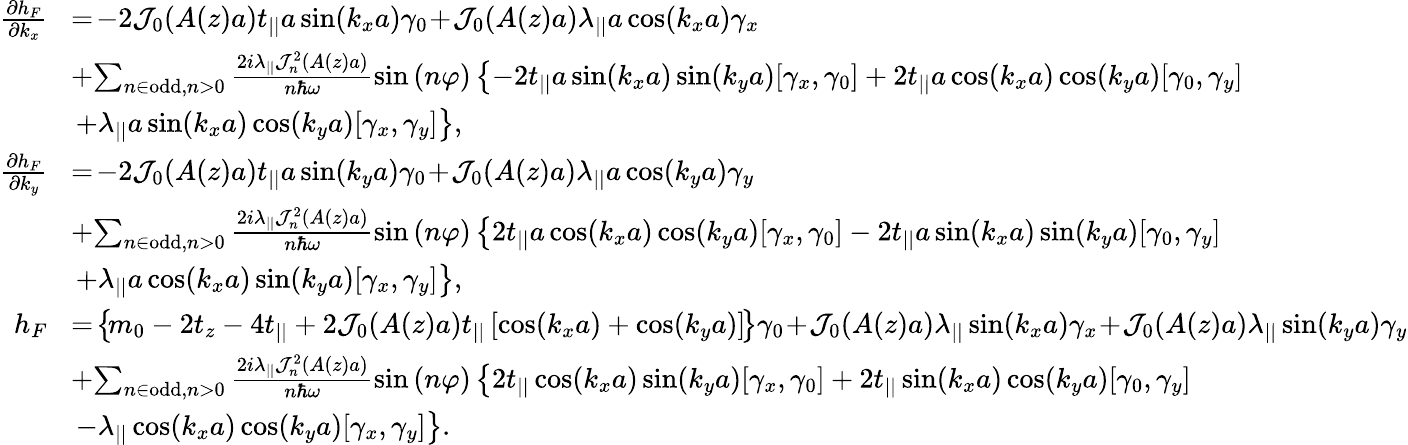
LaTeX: \begin{array}{rl}{\frac{\partial h_{F}}{\partial k_{x}}}&{\! =\! -2{\cal J}_{0}(A(z)a)t_{||}a\sin(k_{x}a)\gamma_{0}\! +\! {\cal J}_{0}(A(z)a)\lambda_{||}a\cos(k_{x}a)\gamma_{x}}\\ &{\! +\! \sum_{n\in\mathrm{odd},n>0}\frac{2i\lambda_{||}{\cal J}_{n}^{2}(A(z)a)}{n\hbar\omega}\sin\left(n\varphi\right)\left\{ -2t_{||}a\sin(k_{x}a)\sin(k_{y}a)[\gamma_{x},\gamma_{0}]+2t_{||}a\cos(k_{x}a)\cos(k_{y}a)[\gamma_{0},\gamma_{y}]\right.}\\ &{\left.+\lambda_{||}a\sin(k_{x}a)\cos(k_{y}a)[\gamma_{x},\gamma_{y}]\right\} ,}\\ {\frac{\partial h_{F}}{\partial k_{y}}}&{\! =\! -2{\cal J}_{0}(A(z)a)t_{||}a\sin(k_{y}a)\gamma_{0}\! +\! {\cal J}_{0}(A(z)a)\lambda_{||}a\cos(k_{y}a)\gamma_{y}}\\ &{\! +\! \sum_{n\in\mathrm{odd},n>0}\frac{2i\lambda_{||}{\cal J}_{n}^{2}(A(z)a)}{n\hbar\omega}\sin\left(n\varphi\right)\left\{ 2t_{||}a\cos(k_{x}a)\cos(k_{y}a)[\gamma_{x},\gamma_{0}]-2t_{||}a\sin(k_{x}a)\sin(k_{y}a)[\gamma_{0},\gamma_{y}]\right.}\\ &{\left.+\lambda_{||}a\cos(k_{x}a)\sin(k_{y}a)[\gamma_{x},\gamma_{y}]\right\} ,}\\ {h_{F}}&{\! =\! \left\{ \! m_{0}-2t_{z}-4t_{||}+2{\cal J}_{0}(A(z)a)t_{||}\left[\cos(k_{x}a)+\cos(k_{y}a)\right]\! \right\} \gamma_{0}\! +\! {\cal J}_{0}(A(z)a)\lambda_{||}\sin(k_{x}a)\gamma_{x}\! +\! {\cal J}_{0}(A(z)a)\lambda_{||}\sin(k_{y}a)\gamma_{y}}\\ &{\! +\! \sum_{n\in\mathrm{odd},n>0}\frac{2i\lambda_{||}{\cal J}_{n}^{2}(A(z)a)}{n\hbar\omega}\sin\left(n\varphi\right)\left\{ 2t_{||}\cos(k_{x}a)\sin(k_{y}a)[\gamma_{x},\gamma_{0}]+2t_{||}\sin(k_{x}a)\cos(k_{y}a)[\gamma_{0},\gamma_{y}]\right.}\\ &{\left.-\lambda_{||}\cos(k_{x}a)\cos(k_{y}a)[\gamma_{x},\gamma_{y}]\right\} .}\end{array}